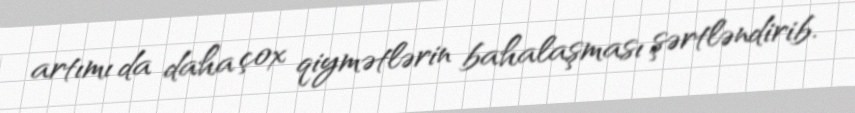
artımı da daha çox qiymətlərin bahalaşması şərtləndirib.